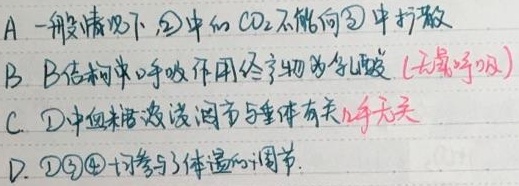
A. 一般情况下，\textcircled{2}中的\(\text{CO}_{2}\)不能向\textcircled{3}中扩散
B. 结构中呼吸作用终产物为乳酸（无氧呼吸）
C. \textcircled{1}中血糖浓度调节与垂体有关\(\text{无}\)关
D. \textcircled{1}\textcircled{3}\textcircled{4}中参与了体温的调节.